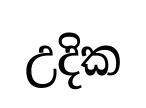
උදික